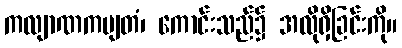
ကလျာဏကမျတံ၊ ကောင်းသည်၌ အလိုရှိခြင်းကို။